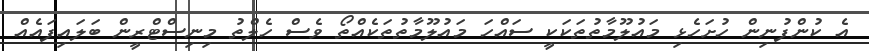
އެ ކުންފުނިން ހުށަހެޅި މައުލޫމާތުތަކަކީ ސައްހަ މައުލޫމާތުތަކެއްތޯ ވެސް ހެލްތު މިނިސްޓްރީން ބަލައިފައެއް